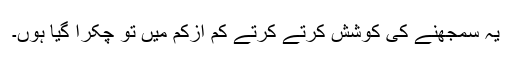
یہ سمجھنے کی کوشش کرتے کرتے کم ازکم میں تو چکرا گیا ہوں۔